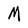
Character: M